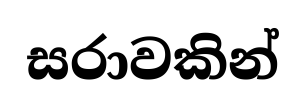
සරාවකින්